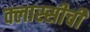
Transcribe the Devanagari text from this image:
क्लास्सीची